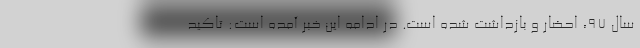
سال ۹۷، احضار و بازداشت شده است. در ادامه این خبر آمده است: تاکید